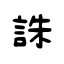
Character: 誅